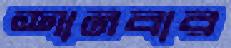
শানবার